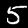
Label: 5